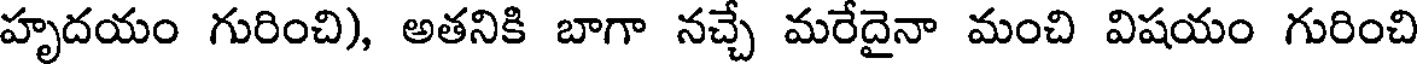
హృదయం గురించి), అతనికి బాగా నచ్చే మరేదైనా మంచి విషయం గురించి